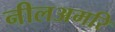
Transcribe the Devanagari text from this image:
नीलअमरि